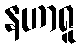
နဟာရူ